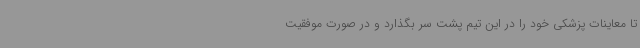
تا معاینات پزشکی خود را در این تیم پشت سر بگذارد و در صورت موفقیت